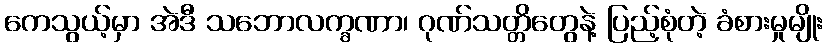
ကေသွယ့်မှာ အဲဒီ သဘောလက္ခဏာ၊ ဂုဏ်သတ္တိတွေနဲ့ ပြည့်စုံတဲ့ ခံစားမှုမျိုး